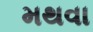
મથવા